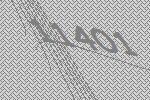
11401